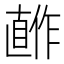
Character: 𰥺